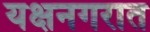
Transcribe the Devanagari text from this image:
यक्षनगरात